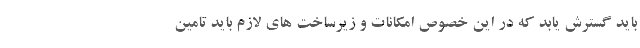
باید گسترش یابد که در این خصوص امکانات و زیرساخت های لازم باید تامین